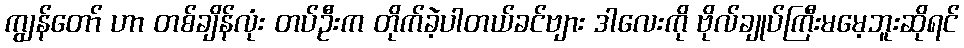
ကျွန်တော် ဟာ တစ်ချိန်လုံး တပ်ဦးက တိုက်ခဲ့ပါတယ်ခင်ဗျား ဒါလေးကို ဗိုလ်ချုပ်ကြီးမမေ့ဘူးဆိုရင်